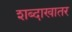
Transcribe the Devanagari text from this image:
शब्दाखातर